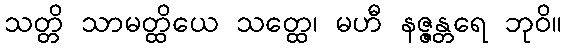
သတ္တိ သာမတ္ထိယေ သတ္ထေ၊ မဟီ နဇ္ဇန္တရေ ဘုဝိ။